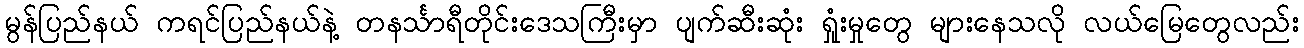
မွန်ပြည်နယ် ကရင်ပြည်နယ်နဲ့ တနင်္သာရီတိုင်းဒေသကြီးမှာ ပျက်ဆီးဆုံး ရှုံးမှုတွေ များနေသလို လယ်မြေတွေလည်း